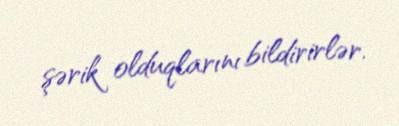
şərik olduqlarını bildirirlər.